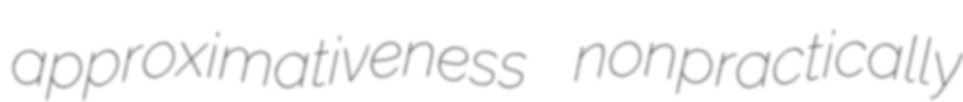
approximativeness nonpractically